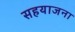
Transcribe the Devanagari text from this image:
सहयाजना